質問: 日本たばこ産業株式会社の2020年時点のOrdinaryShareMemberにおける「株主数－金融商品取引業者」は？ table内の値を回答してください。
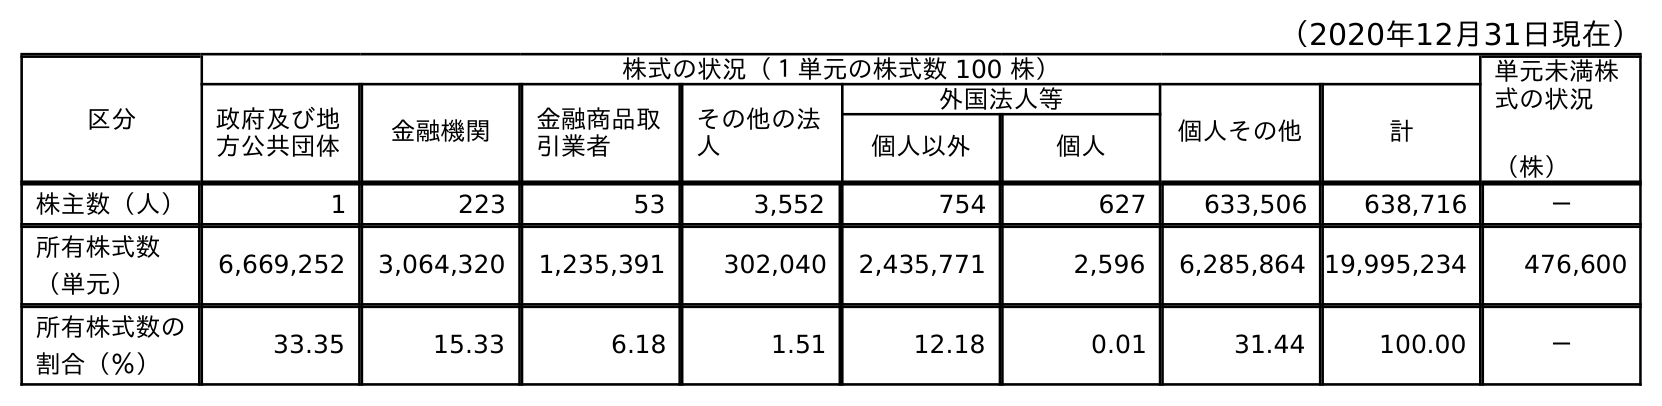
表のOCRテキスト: （2020年12月31日現在） 区分 株式の状況（１単元の株式数 100 株） 単元未満株 式の状況 （株） 政府及び地 方公共団体 金融機関 金融商品取 引業者 その他の法 人 外国法人等 個人その他 計 個人以外 個人 株主数（人） 1 223 53 3,552 754 627 633,506 638,716 － 所有株式数 （単元） 6,669,252 3,064,320 1,235,391 302,040 2,435,771 2,596 6,285,864 19,995,234 476,600 所有株式数の 割合（％） 33.35 15.33 6.18 1.51 12.18 0.01 31.44 100.00 －
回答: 53